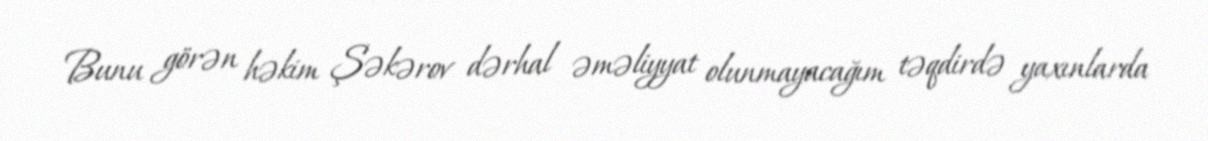
Bunu görən həkim Şəkərov dərhal əməliyyat olunmayacağım təqdirdə yaxınlarda